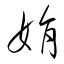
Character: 娟